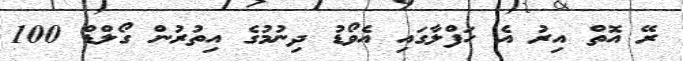
ރޭ އޮތް އިރު އެ ހަފްލާގައި އެވޯޑު ދިނުމުގެ އިތުރުން ގޯލްޑް 100